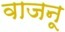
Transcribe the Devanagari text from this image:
वाजनू